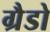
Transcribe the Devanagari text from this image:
ग्रैडो